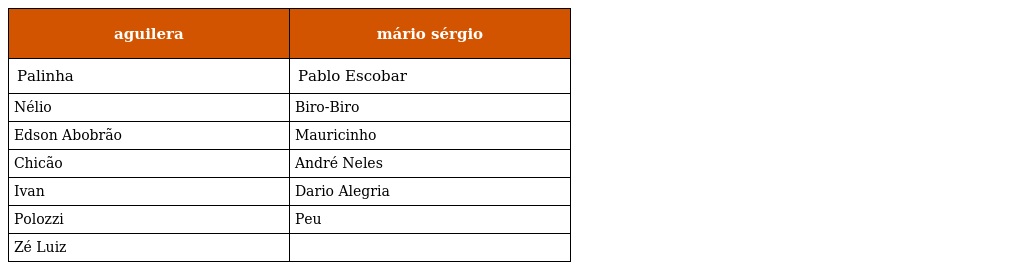
| aguilera | mário sérgio |
 | --- | --- |
 | Palinha | Pablo Escobar |
 | Nélio | Biro-Biro |
 | Edson Abobrão | Mauricinho |
 | Chicão | André Neles |
 | Ivan | Dario Alegria |
 | Polozzi | Peu |
 | Zé Luiz |  |